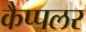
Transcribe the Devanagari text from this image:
कैप्पलर